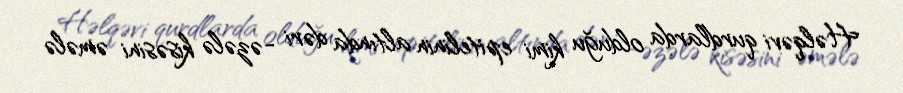
Həlqəvi qurdlarda olduğu kimi epitelinin altında dəri -əzələ kisəsini əmələ